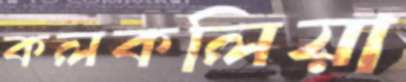
কলকলিয়া